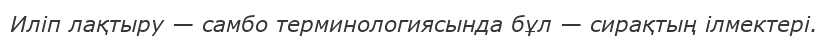
Иліп лақтыру — самбо терминологиясында бұл — сирақтың ілмектері.